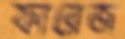
ফারেজ